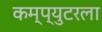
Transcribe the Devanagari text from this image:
कम्प्युटरला